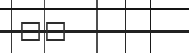
٨٣